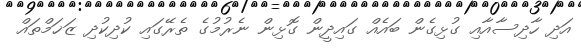
އަދި ހާދިސާއާއި ގުޅިގެން ބައެއް ގައިދީން ގޮޅިން ނެރުމުގެ ތެރޭގައި ކުދިކުދި ޒަޚަމްތައް